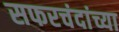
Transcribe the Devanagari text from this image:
सफरचंदांच्या